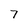
Character: 7